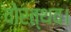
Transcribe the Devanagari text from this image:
वोरत्थव।